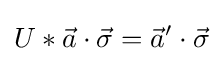
U*{\vec {a}}\cdot {\vec {\sigma }}={\vec {a}}'\cdot {\vec {\sigma }}